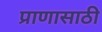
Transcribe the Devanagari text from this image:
प्राणासाठी